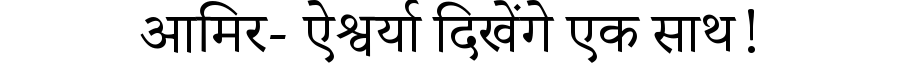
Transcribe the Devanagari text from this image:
आमिर- ऐश्वर्या दिखेंगे एक साथ!